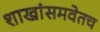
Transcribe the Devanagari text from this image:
शाखांसमवेतच